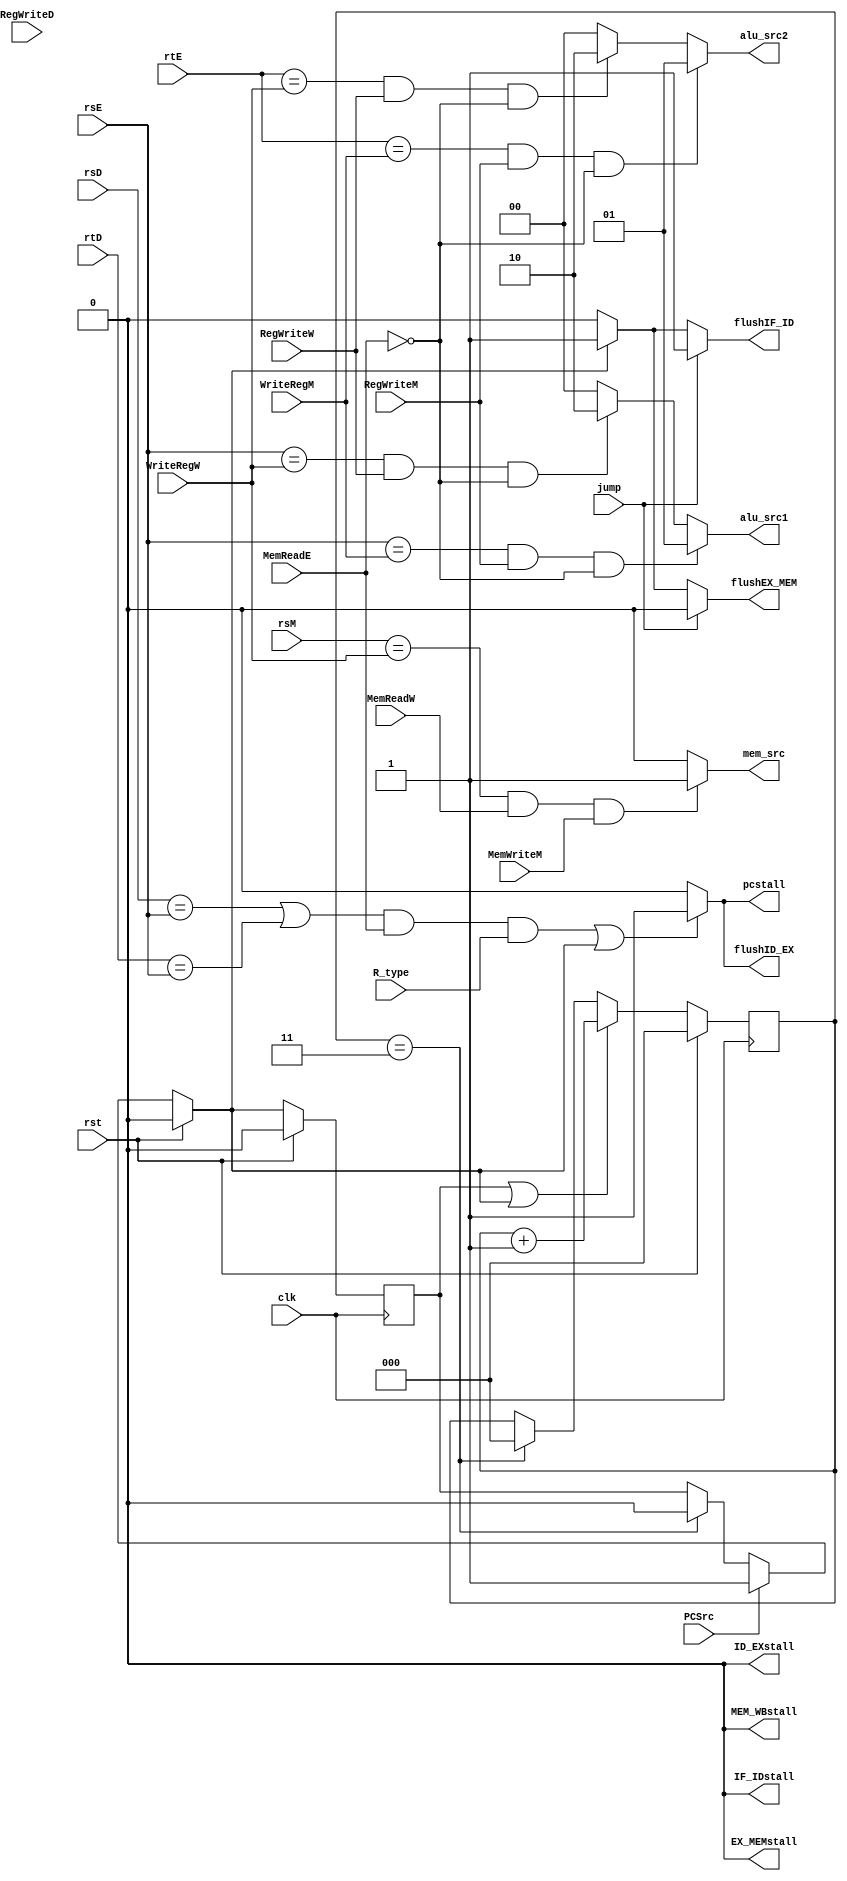
module hazardUnit#(parameter REG_WIDTH = 4)
       (
           //Hazard unit
           input  clk,
           input  rst,

           //Forwarding
           input[REG_WIDTH-1:0] rsE        ,
           input[REG_WIDTH-1:0] rtE        ,

           input RegWriteD  ,
           input RegWriteM  ,
           input RegWriteW  ,
           input R_type     ,

           input[REG_WIDTH-1:0] WriteRegM  ,
           input[REG_WIDTH-1:0] WriteRegW  ,

           input[REG_WIDTH-1:0] rsM        ,
           input[REG_WIDTH-1:0] rsD        ,
           input[REG_WIDTH-1:0] rtD        ,

           input MemReadE   ,
           input MemWriteM  ,
           input MemReadW   ,
           input PCSrc      ,
           input jump       ,

           //Hazard_control_outputs
           //Forwarding
           output reg[1:0] alu_src1,
           output reg[1:0] alu_src2,
           output reg      mem_src,

           //Stall detection
           output reg      flushEX_MEM,
           output reg      flushIF_ID,
           output reg      pcstall,

           //Control hazard
           output reg      flushID_EX,
           output reg      IF_IDstall,
           output reg      ID_EXstall,
           output reg      EX_MEMstall,
           output reg      MEM_WBstall);

reg branch_hazard_flag_w;
reg branch_hazard_flag_r;

wire branch_flush_flag = branch_hazard_flag_w ;

reg[2:0] flush_cnt;
wire flush_done_flag  = (flush_cnt == 'd3);

//Hazard unit control
//Fowarding
always @(*)
begin
    if((rsE == WriteRegM) && (RegWriteM == 1) && (MemReadE != 1))
    begin
        alu_src1 = 2'b01;
    end
    else if ((rsE == WriteRegW) && (RegWriteW == 1) && (MemReadE != 1))
    begin
        alu_src1 = 2'b10;
    end
    else
    begin
        alu_src1 = 2'b00;
    end
end


always @(*)
begin
    if((rtE == WriteRegM) && (RegWriteM == 1) && (MemReadE != 1))
    begin
        alu_src2 = 2'b01;
    end
    else if ((rtE == WriteRegW) && (RegWriteW == 1) && (MemReadE != 1))
    begin
        alu_src2 = 2'b10;
    end
    else
    begin
        alu_src2 = 2'b00;
    end
end

always @(*)
begin
    if((rsM == WriteRegW) && (MemReadW == 1) && (MemWriteM == 1))
    begin
        mem_src = 1'b1;
    end
    else
    begin
        mem_src = 1'b0;
    end
end

//Stall
always @(*)
begin
    if(((((rsD == rsE) || (rtD == rsE)) && (MemReadE == 1)) && (R_type == 1)) || (branch_flush_flag))
    begin
        IF_IDstall  = 1'b0;
        ID_EXstall  = 1'b0;
        EX_MEMstall = 1'b0;
        MEM_WBstall = 1'b0;

        pcstall     = 1'b1;
        flushID_EX   = 1'b1;
    end
    else
    begin
        IF_IDstall  = 1'b0;
        ID_EXstall  = 1'b0;
        EX_MEMstall = 1'b0;
        MEM_WBstall = 1'b0;
        pcstall     = 1'b0;

        flushID_EX   = 1'b0;
    end
end




//Control Hazard
always @(*)
begin
    if(jump==1)
    begin
        //Only need to flush for 1 cycle.
        flushIF_ID  = 1'b1;
        flushEX_MEM = 1'b0;
    end
    else if(branch_flush_flag)
    begin
        // need to flush for 3 cycles.
        flushIF_ID  = 1'b1;
        flushEX_MEM = 1'b1;
    end
    else
    begin
        flushIF_ID  = 1'b0;
        flushEX_MEM = 1'b0;
    end
end

always @(posedge clk)
begin
    if(rst)
    begin
        flush_cnt <= 3'd0;
    end
    else if(branch_hazard_flag_r || branch_hazard_flag_w)
    begin
        flush_cnt <= flush_cnt + 3'd1;
    end
    else if(flush_done_flag)
    begin
        flush_cnt <= 3'd0;
    end
    else
    begin
        flush_cnt <= flush_cnt;
    end
end

always @(posedge clk)
begin
    branch_hazard_flag_r <= rst ? 1'd0 : branch_hazard_flag_w;
end
always @(*)
begin
    if(rst)
    begin
        branch_hazard_flag_w = 1'b0;
    end
    else if(PCSrc)
    begin
        branch_hazard_flag_w = 1'd1;
    end
    else if(flush_done_flag)
    begin
        branch_hazard_flag_w = 1'b0;
    end
    else
    begin
        branch_hazard_flag_w = branch_hazard_flag_r;
    end
end

endmodule